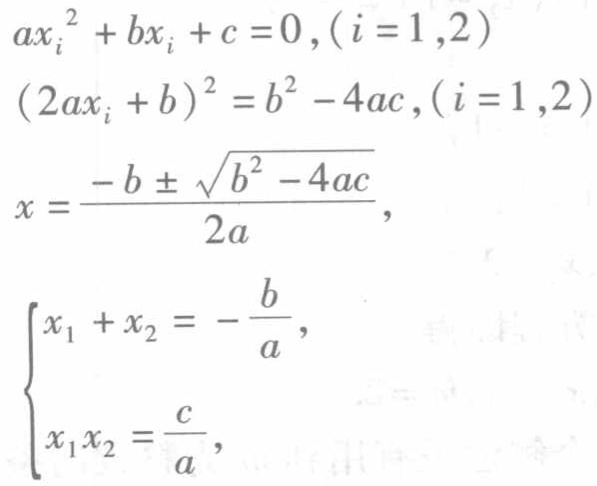
\[
\begin{align*}
ax_{i}^{2}+bx_{i}+c&=0,(i = 1,2)\\
(2ax_{i}+b)^{2}&=b^{2}-4ac,(i = 1,2)\\
x&=\frac{-b\pm\sqrt{b^{2}-4ac}}{2a},\\
\begin{cases}
x_{1}+x_{2}&=-\frac{b}{a},\\
x_{1}x_{2}&=\frac{c}{a},
\end{cases}
\end{align*}
\]